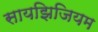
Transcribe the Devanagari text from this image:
सायझिजियम